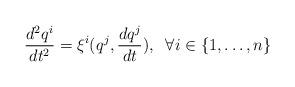
LaTeX: \begin{align*}\displaystyle \frac{d^2q^{i}}{dt^2} = \xi^{i}(q^j, \frac{dq^j}{dt}), \; \; \forall i \in \{1, \dots, n\}\end{align*}